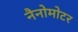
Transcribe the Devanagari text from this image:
नैनोमोटर